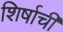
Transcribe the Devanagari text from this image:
शिर्षाची